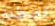
تصطدم